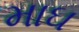
માઘ